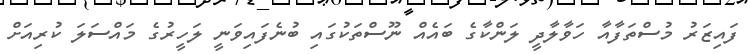
ފައިޒަރު މުސްތަފާއާ ހަވާލާދީ ލަންކާގެ ބައެއް ނޫސްތަކުގައި ބުނެފައިވަނީ ލަހީރުގެ މައްސަލަ ކުރިއަށް